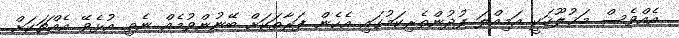
އެއްވެސް މަޚުލޫޤަކީ އަމިއްލަ ފުދުންތެރިކަމުގައި އެހެން ފަރާތަކަށް ބޭނުންވުމެއް ނެތި އުޅެވޭ އެއްޗަކަށް